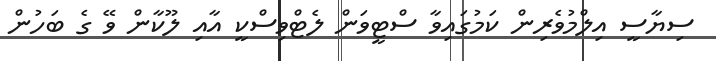
ސިޔާސީ އިލްމުވެރިން ކަމުގައިވާ ސްޓީވަން ލެޓްވިސްކީ އާއި ލޫކާން ވޭ ގެ ބަހުން